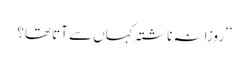
’’روزانہ ناشتہ کہاں سے آتا تھا؟